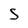
Character: 5